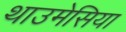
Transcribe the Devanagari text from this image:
थाउमेसिया